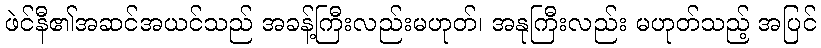
ဖဲင်နီ၏အဆင်အယင်သည် အခန့်ကြီးလည်းမဟုတ်၊ အနုကြီးလည်း မဟုတ်သည့် အပြင်